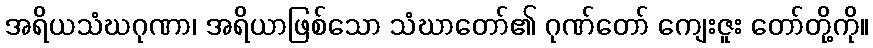
အရိယသံဃဂုဏာ၊ အရိယာဖြစ်သော သံဃာတော်၏ ဂုဏ်တော် ကျေးဇူး တော်တို့ကို။